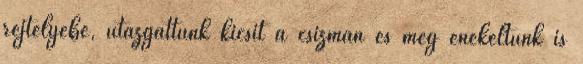
rejtélyébe, utazgattunk kicsit a csizmán és még énekeltünk is